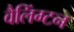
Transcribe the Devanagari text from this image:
वैलिंग्टन